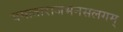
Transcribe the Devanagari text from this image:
यमाताराजभनसलगम्